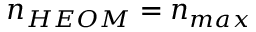
n _ { H E O M } = n _ { m a x }